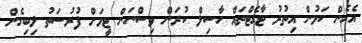
އެހެން ކަމުން އިތުރު ޓާގެޓްތައް ހާސިލް ކުރަން ވިސްނަން ޓީމަށް ފުރުސަތު ލިބިގެން